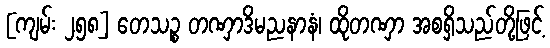
[ကျမ်း ၂၅၈] တေသဉ္စ တဏှာဒိမညနာနံ၊ ထိုတဏှာ အစရှိသည်တို့ဖြင့်